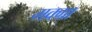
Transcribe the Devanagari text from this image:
मक्ग्रा